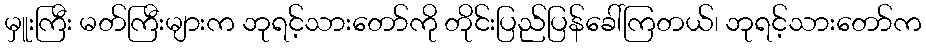
မှူးကြီး မတ်ကြီးများက ဘုရင့်သားတော်ကို တိုင်းပြည်ပြန်ခေါ်ကြတယ်၊ ဘုရင့်သားတော်က